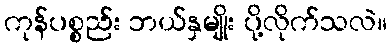
ကုန်ပစ္စည်း ဘယ်နှမျိုး ပို့လိုက်သလဲ။